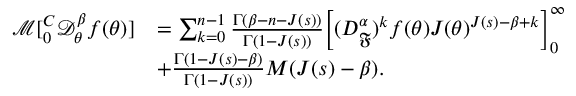
\begin{array} { r l } { \mathcal { M } [ _ { 0 } ^ { C } \mathcal { D } _ { \theta } ^ { \beta } f ( \theta ) ] } & { = \sum _ { k = 0 } ^ { n - 1 } \frac { \Gamma ( \beta - n - J ( s ) ) } { \Gamma ( 1 - J ( s ) ) } \bigg [ ( D _ { \mathfrak { F } } ^ { \alpha } ) ^ { k } f ( \theta ) J ( \theta ) ^ { J ( s ) - \beta + k } \bigg ] _ { 0 } ^ { \infty } } \\ & { + \frac { \Gamma ( 1 - J ( s ) - \beta ) } { \Gamma ( 1 - J ( s ) ) } M ( J ( s ) - \beta ) . } \end{array}